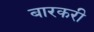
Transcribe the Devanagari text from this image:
बारकरी